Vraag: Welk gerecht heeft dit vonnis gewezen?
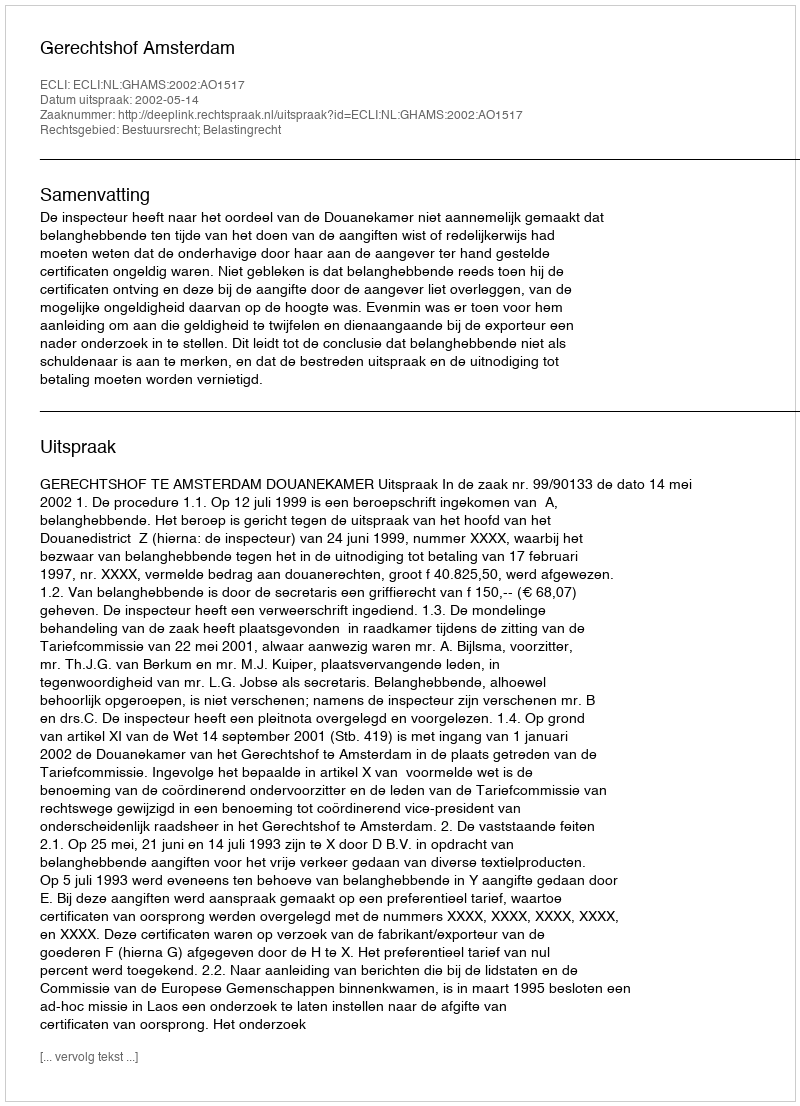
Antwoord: Gerechtshof Amsterdam